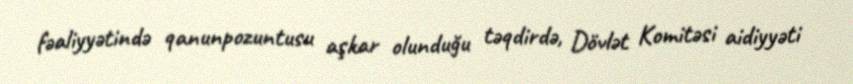
fəaliyyətində qanunpozuntusu aşkar olunduğu təqdirdə, Dövlət Komitəsi aidiyyəti